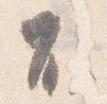
不